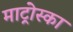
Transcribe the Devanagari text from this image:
माट्रोस्का